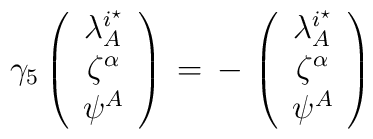
\gamma _5\left(\begin{array}{c}  \lambda ^{i^\star}_A \\ \zeta^{\alpha} \\ \psi^A \end{array}\right)\, =\,-\, \left(\begin{array}{c}  \lambda ^{i^\star}_A \\ \zeta^{\alpha} \\ \psi^A \end{array}\right)